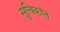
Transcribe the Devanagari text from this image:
सुचिकांत